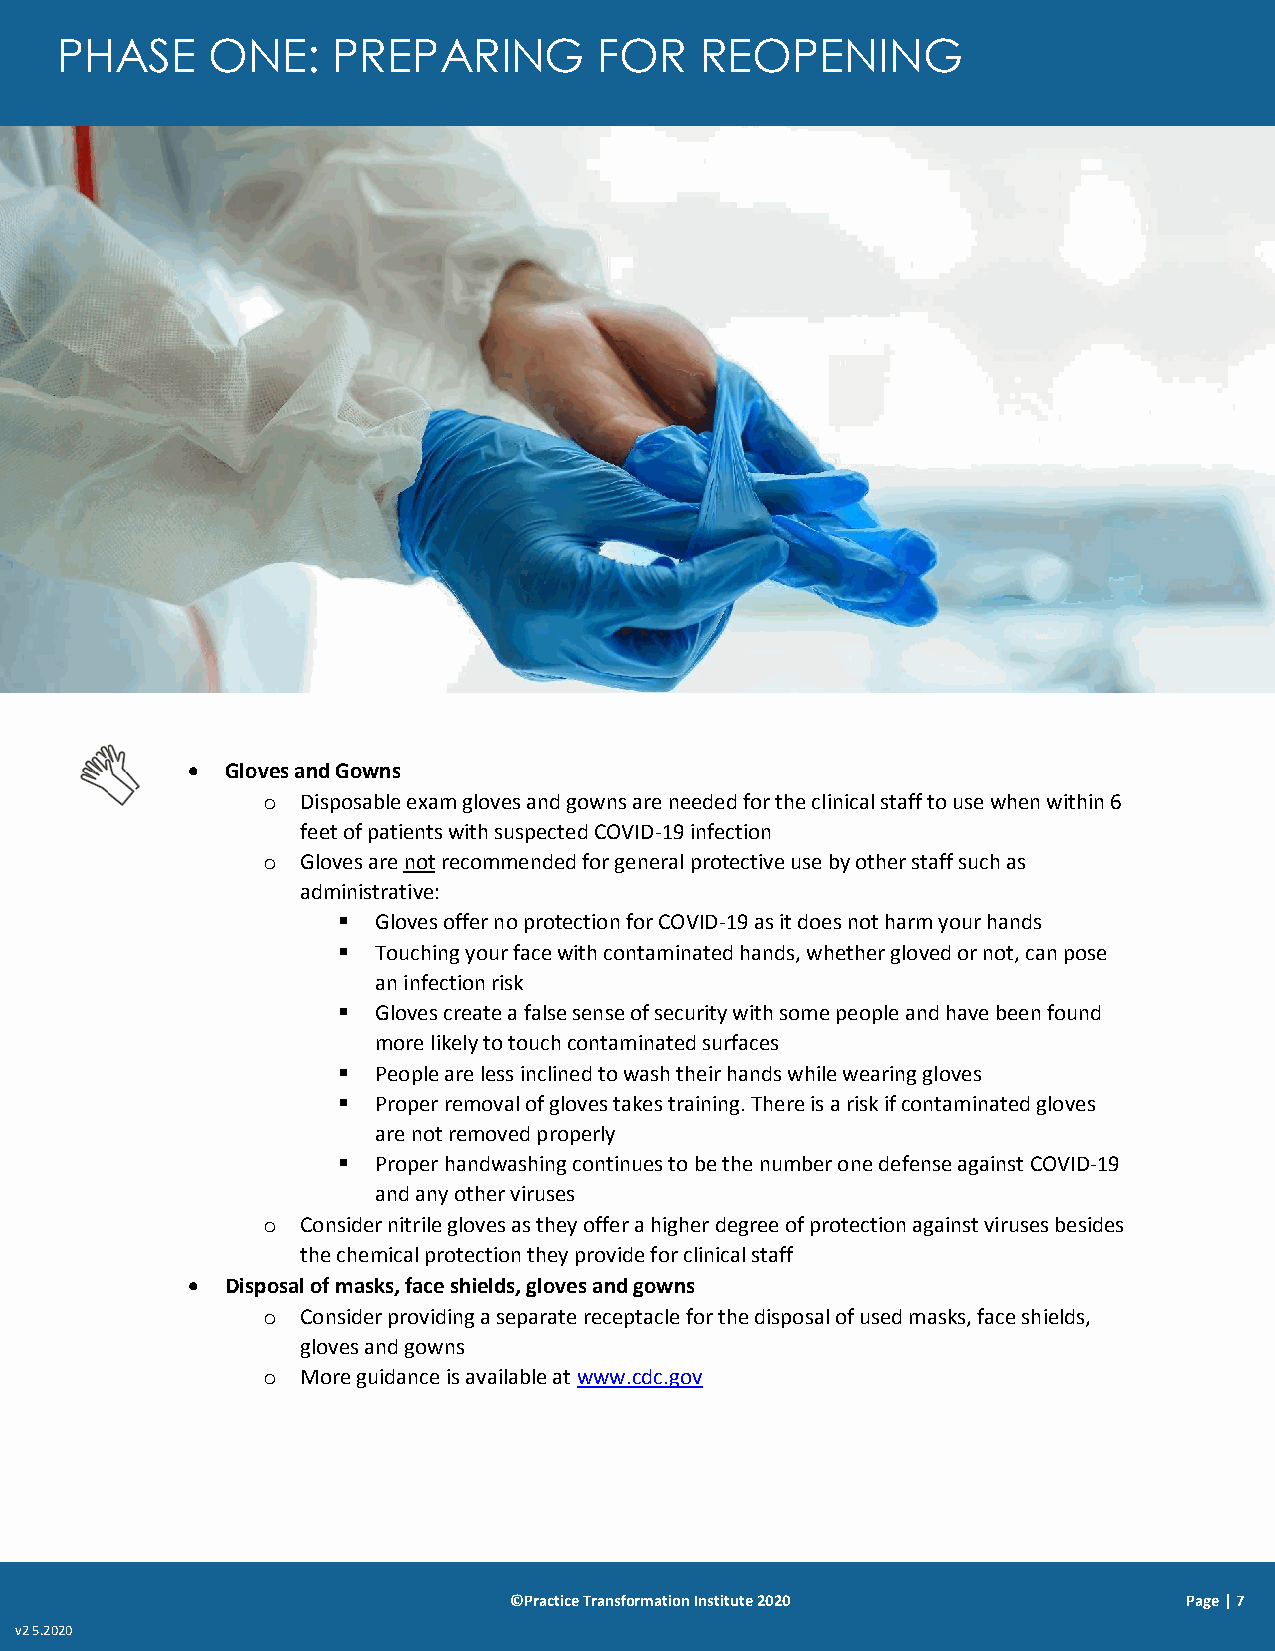
PHASE     ONE:    PREPARING         FOR   REOPENING
   Gloves and Gowns
 o  Disposable exam gloves and gowns are needed for the clinical staff to use when within 6
 feet of patients with suspected COVID-19 infection
 o  Gloves are not recommended for general protective use by other staff such as
 administrative:
   Gloves offer no protection for COVID-19 as it does not harm your hands
   Touching your face with contaminated hands, whether gloved or not, can pose
 an infection risk
   Gloves create a false sense of security with some people and have been found
 more likely to touch contaminated surfaces
   People are less inclined to wash their hands while wearing gloves
   Proper removal of gloves takes training. There is a risk if contaminated gloves
 are not removed properly
   Proper handwashing continues to be the number one defense against COVID-19
 and any other viruses
 o  Consider nitrile gloves as they offer a higher degree of protection against viruses besides
 the chemical protection they provide for clinical staff
   Disposal of masks, face shields, gloves and gowns
 o  Consider providing a separate receptacle for the disposal of used masks, face shields,
 gloves and gowns
 o  More guidance is available at www.cdc.gov
 ©Practice Transformation Institute 2020      Page | 7
 v2 5.2020